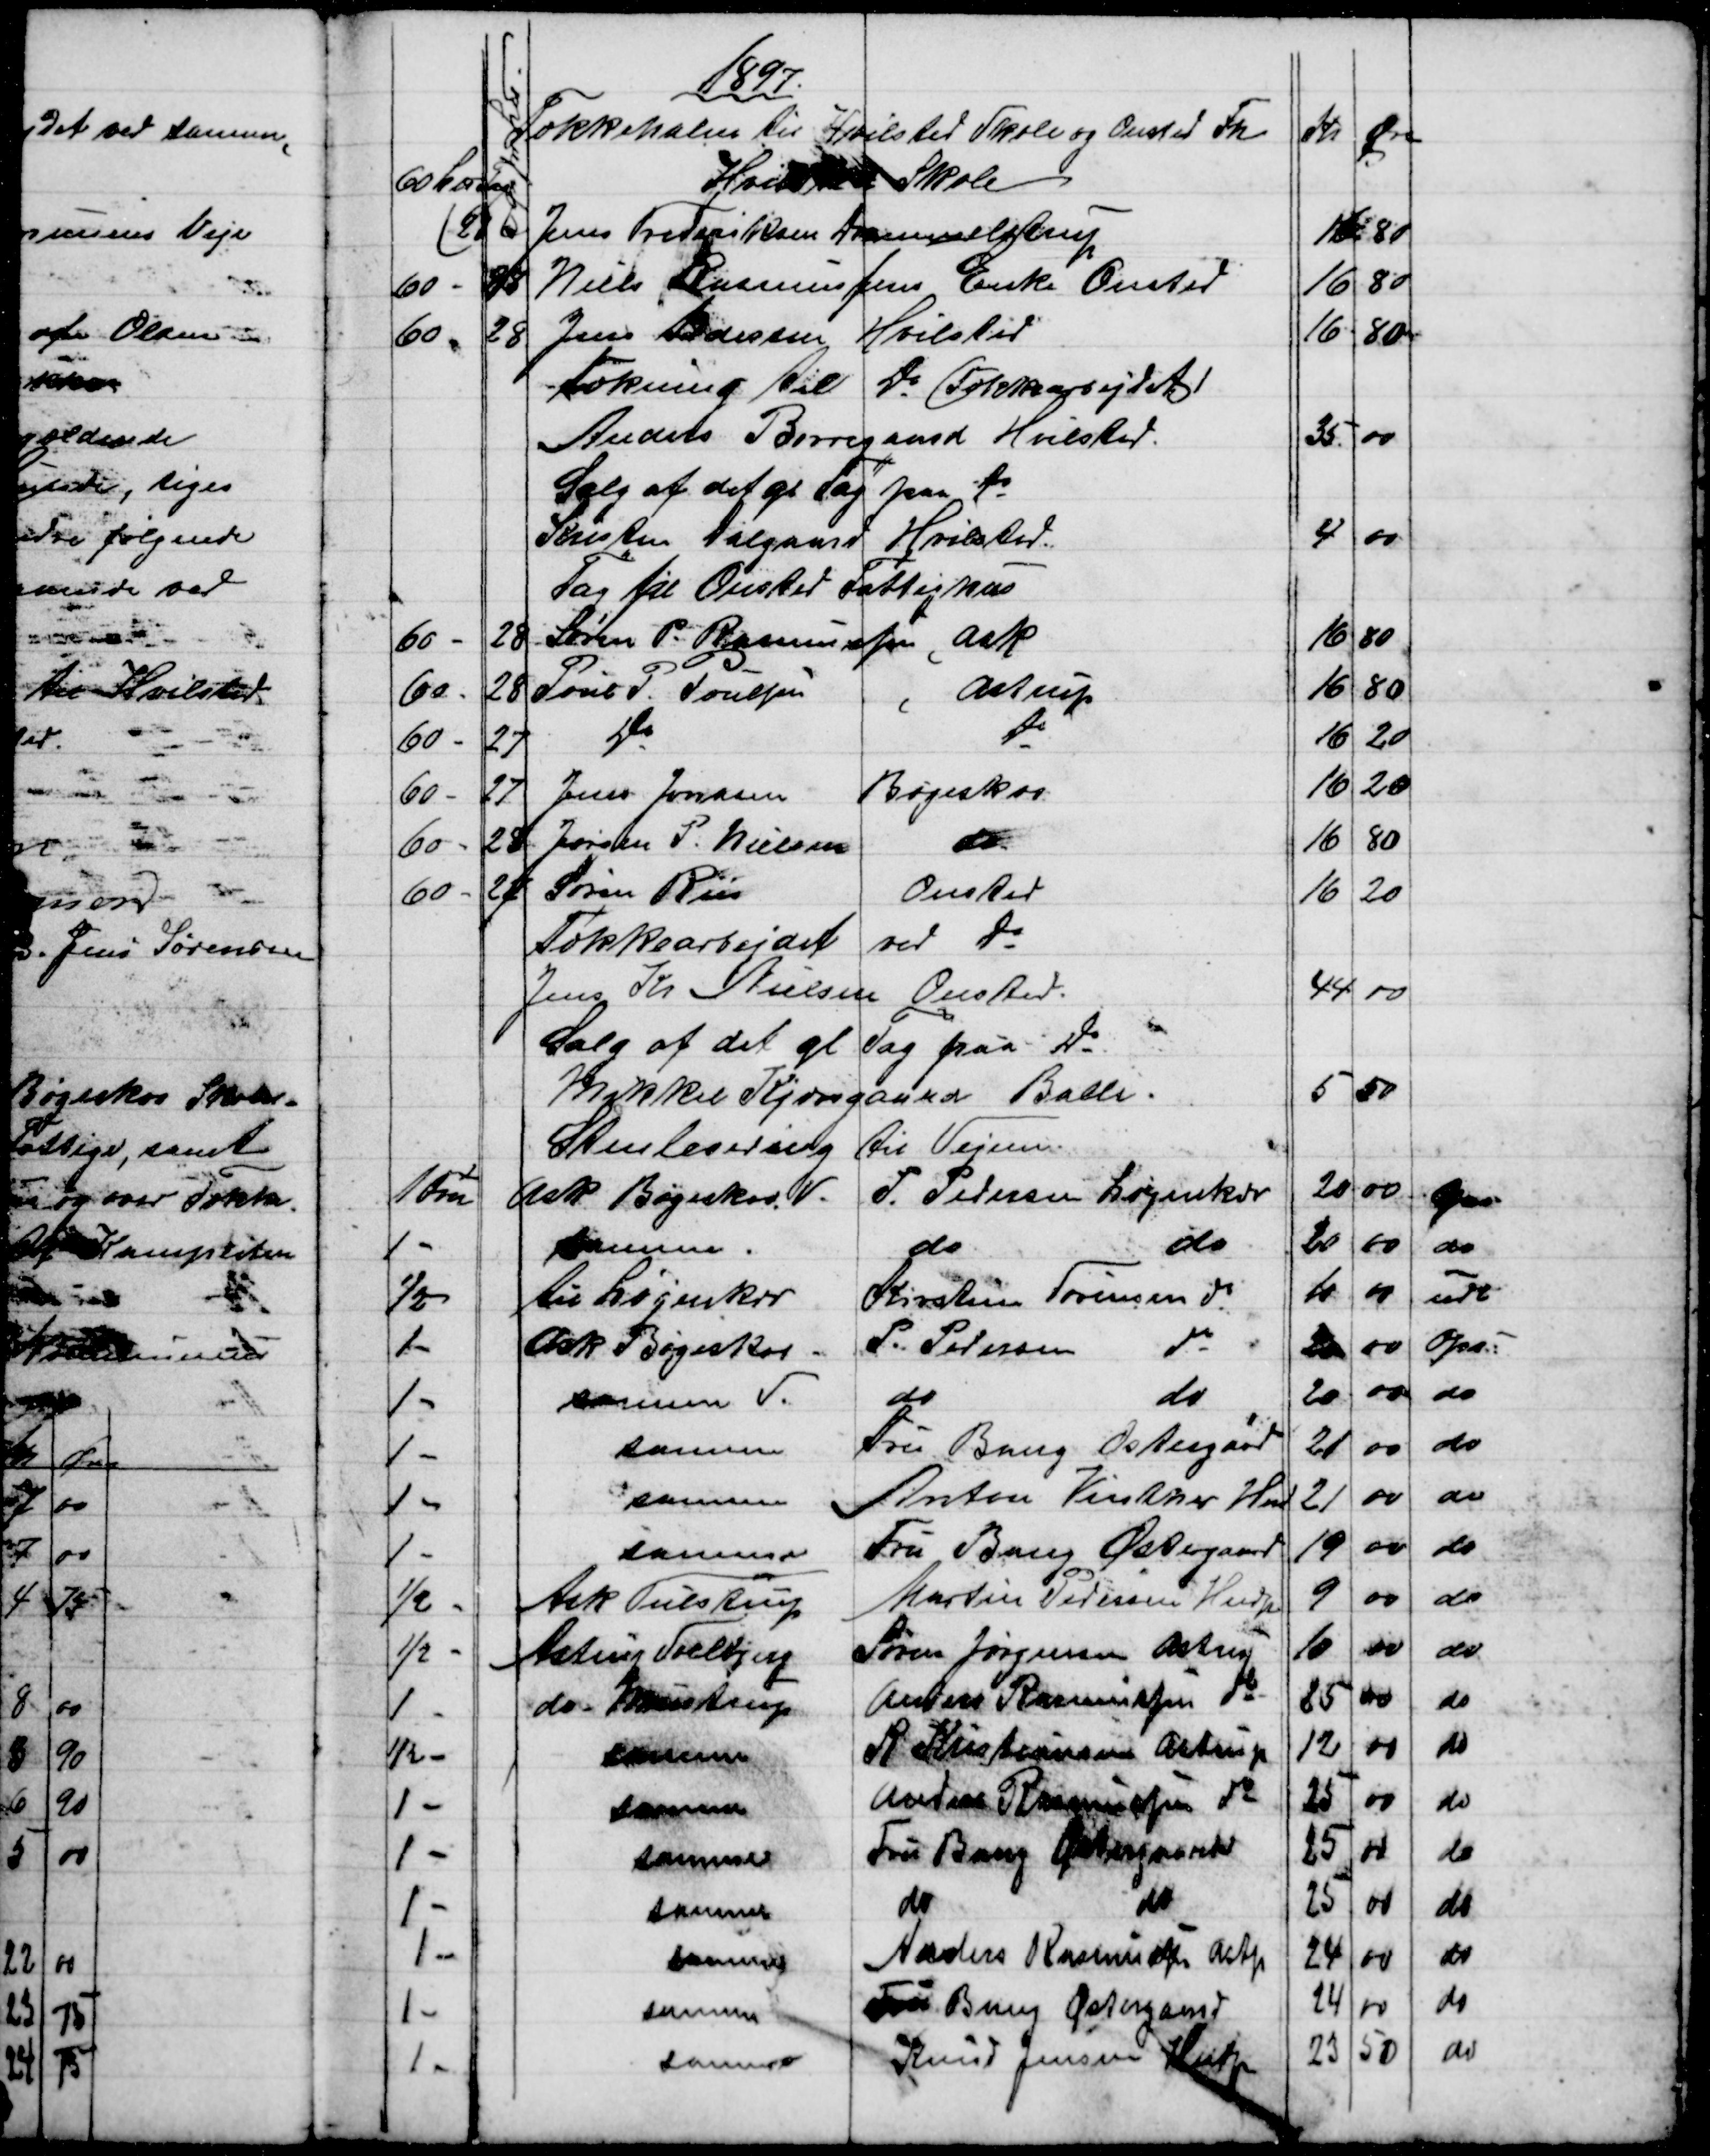
Transskription:
1897
Tækkehalm til Hvilsted Skole og Onsted Fh
Kr
Øre
60 L℔ Tag
Hvilsted Skole
28
-
Jens Frederiksen Drammelstrup
16
80
60 -
28
Niels Rasmussens Enke Onsted
16
80
60 -
28
Jens Pedersen Hvilsted
16
80
Tækning til do Tækkearbejdet
Anders Borregaard Hvilsted.
35.
00
Salg af det gl. Tag paa do
Kristen Dalgaard Hvilsted.
4
00
Tag til Onsted Fattighus
60 -
28
Søren P. Rasmussen, Ask
16
80
60 -
28
Poul P. Poulsen
Astrup
16
80
60 -
27
do
16
20
60 -
27
Jens Jensen
Bøgeskov.
16
20
60 -
28
Jørgen P. Nielsen
do
16
80
60 -
27
Søren Riis
Onsted
16
20
Tækkearbejdet ved do
Jens Kr Nielsen Onsted.
44
00
Salg af det gl Tag paa do
Mikkel Kjærsgaard Balle.
5
50
Stenlevering til Vejene.
1 Fvn
Ask. Bøgeskov. V.
P. Pedersen Løjenkær
20
00

1 -
samme.
do
do
20
00
do
½
til Løjenkær
Kirstine Sørensen do
10
00
udl
1 -
Ask Bøgeskov
P. Pedersen
do
20
00
Ops:
1 -
samme V.
do
do
20
00
do
1 -
samme
Fru Bang Østergård
21
00
do
1 -
samme
Anton Vinther Hnd
21
00
do
1 -
samme
Fru Bang Østergaard
19
00
do
½ -
Ask Tulstrup
Martin Pedersen Hindp
9
00
do
½ -
Astrup Soelbjerg
Søren Jørgensen Astrup
10
00
do
1 -
do. Mustrup
Anders Rasmussen do
25
00
do
½ -
samme
R. Kristiansen, Astrup
12
00
do
1 -
samme
Anton Rasmussen do
25
00
do
1 -
samme
Fru Bang Østergaard
25
00
do
1 -
samme
do
do
25
00
do
1 -
samme
Anders Rasmussen Astp
24
00
do
1 -
samme
Fru Bang Østergaard
24
00
do
1 -
samme
Knud Jensen Hindp
23
50
do